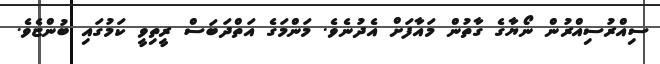
ސިއްރުސިއްރުން ނޯޔާގެ ގާތުން މައާފަށް އެދުނެވެ. މަންމަގެ އަތްދަބަސް ރީތިވީ ކަމުގައި ބުންޏެވެ.